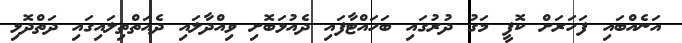
އަނެއްބައި ފަހަރަށް ކޮފީ މަގު ދުރުގައި ބަހައްޓާފައި ދެއުޅަބޮށި ވިއްދާލައި ދެއަތްތިލައިގައި ދަތްދޮޅި